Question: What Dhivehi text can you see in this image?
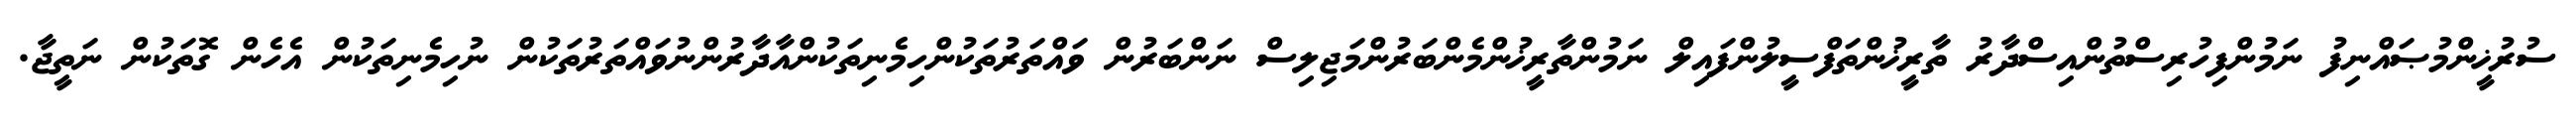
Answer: ސުރުޚީންމުޞައްނިފު ނަމުންފިހުރިސްތުންއިސްދާރު ތާރީޚުންތަފްސީލުންފައިލް ނަމުންތާރީޚުންމެންބަރުންމަޖިލިސް ނަންބަރުން ވައްތަރުތަކުންހިމެނިތަކުންއާދާރުންނުވައްތަރުތަކުން ނުހިމެނިތަކުން އެހެން ގޮތަކުން ނަތީޖާ.